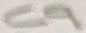
Text: C9